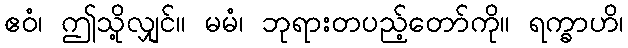
ဧဝံ၊ ဤသို့လျှင်။ မမံ၊ ဘုရားတပည့်တော်ကို။ ရက္ခာဟိ၊